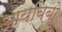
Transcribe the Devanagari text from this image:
आयबिबो